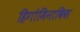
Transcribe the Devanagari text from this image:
हिगोमिनाकिस